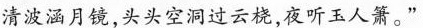
清波涵月镜，头头空洞过云桡，夜听玉人萧。”